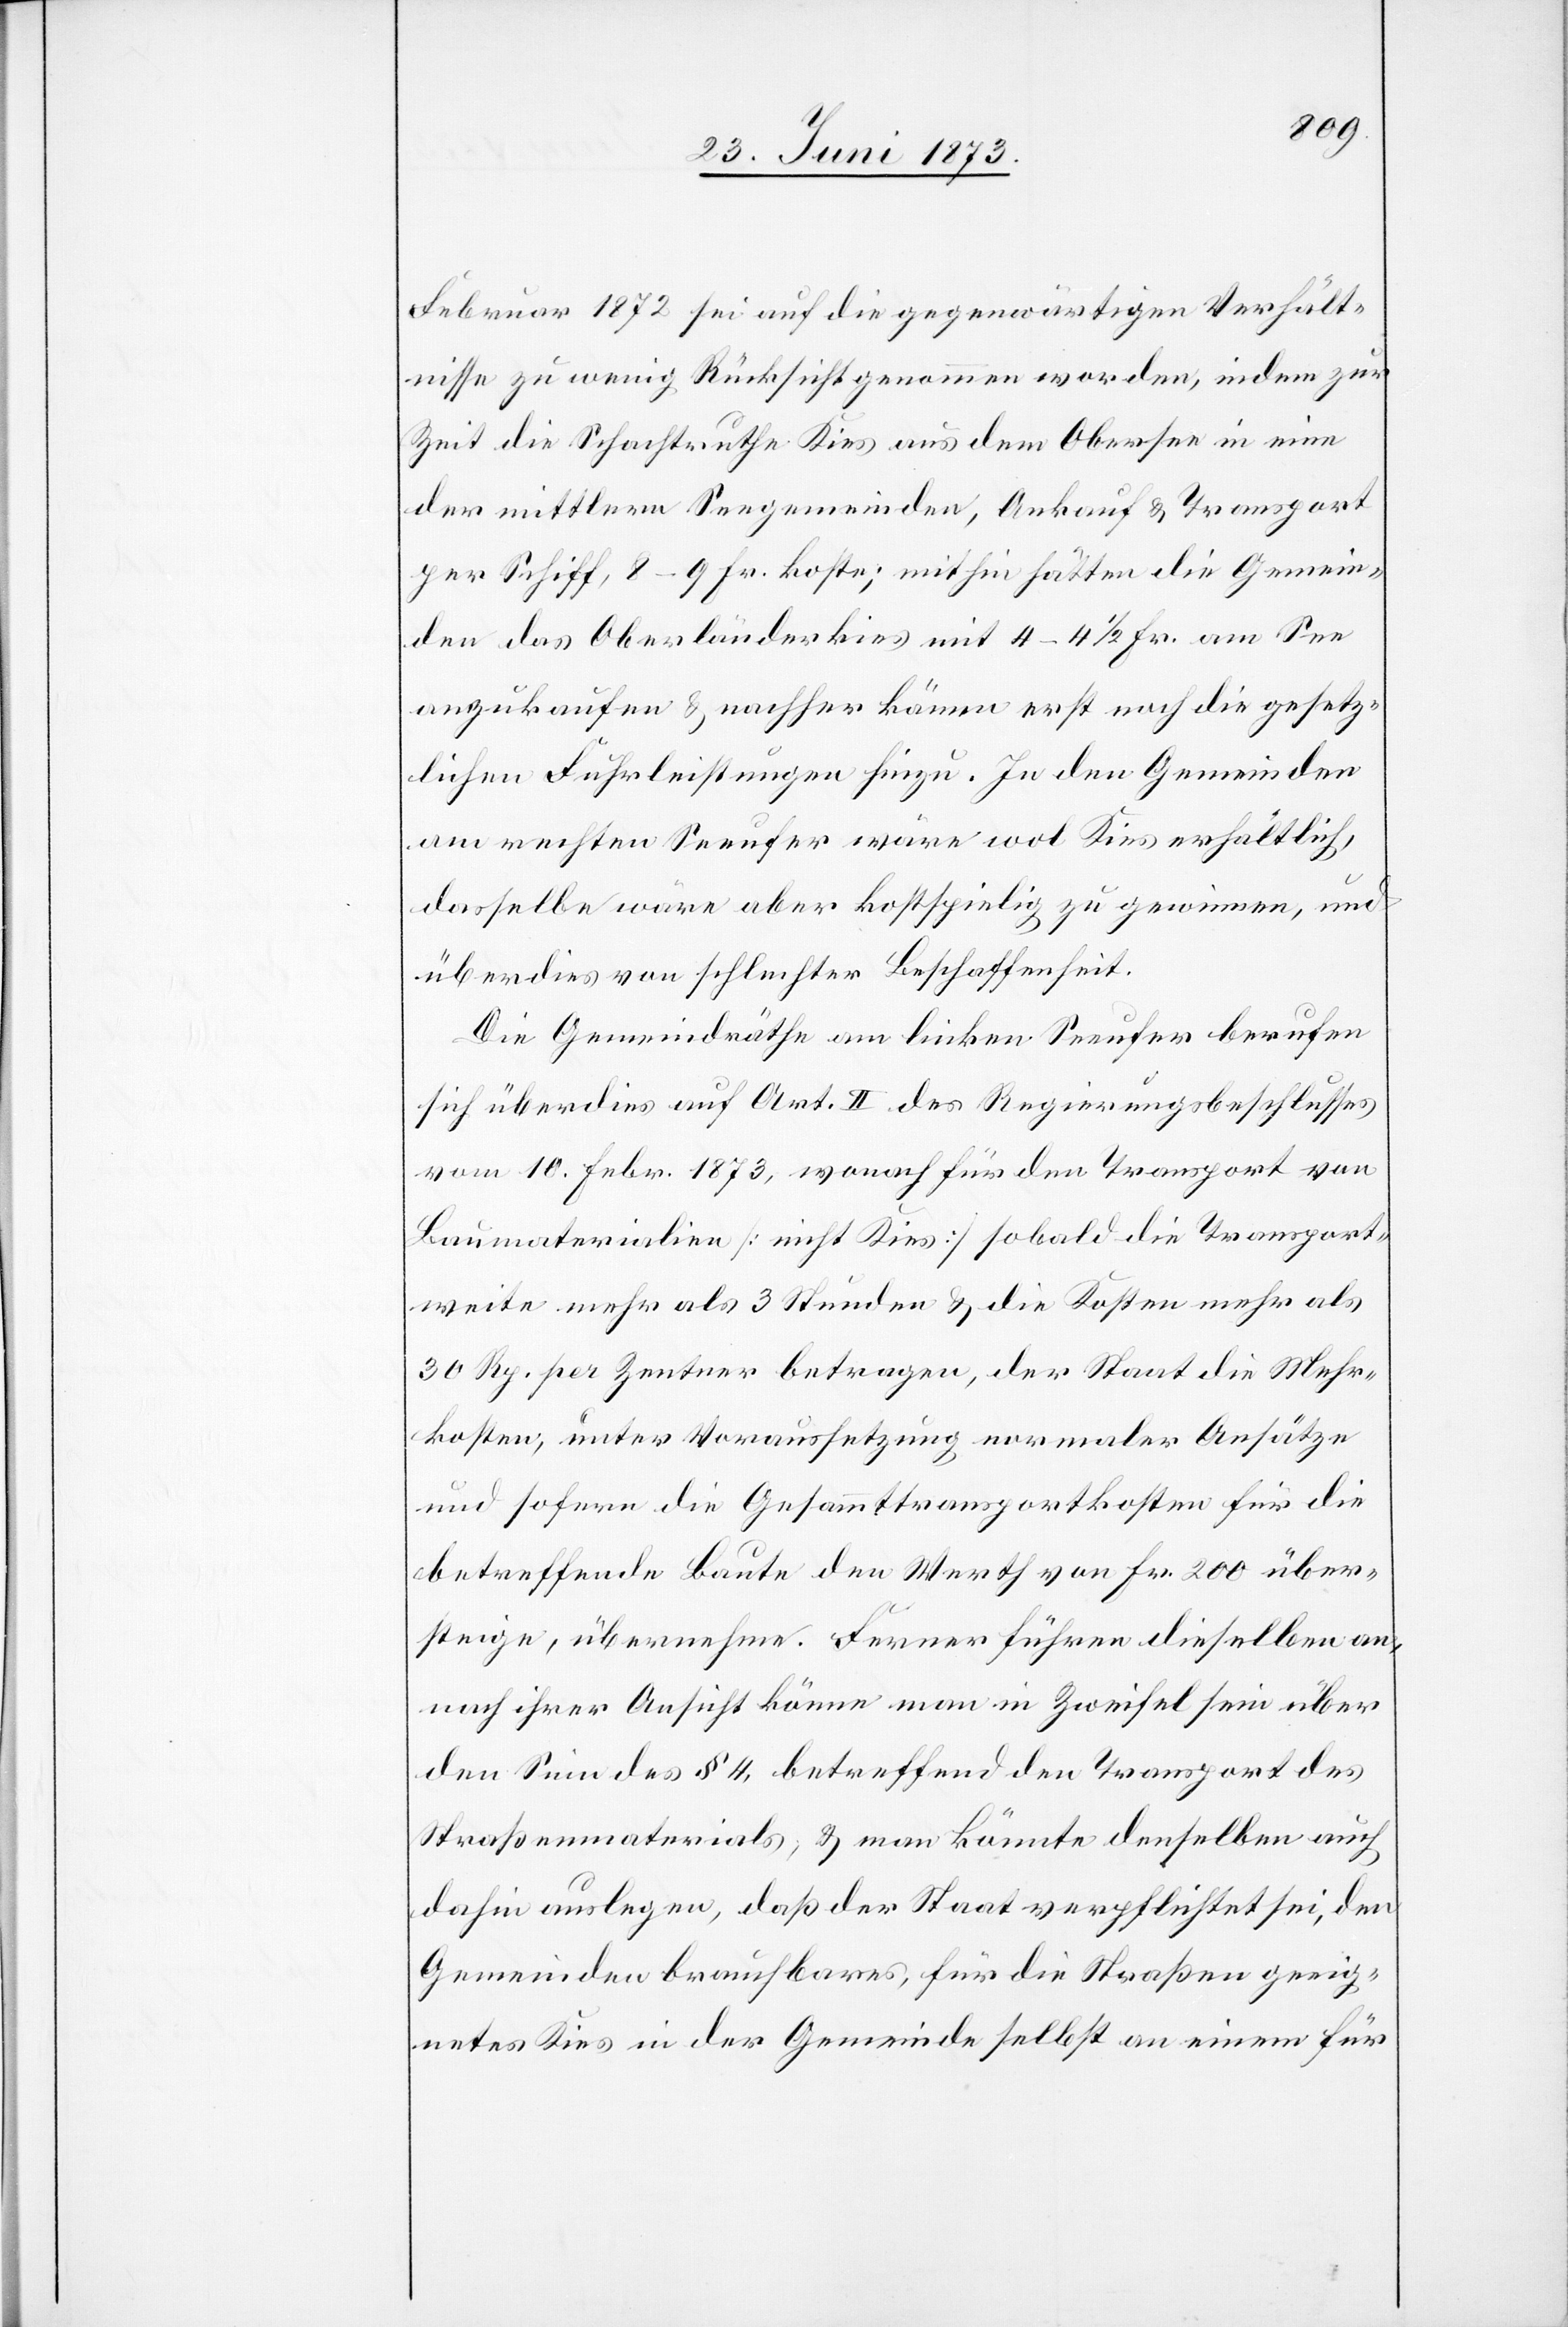
Februar 1872 sei auf die gegenwärtigen Verhält¬
nisse zu wenig Rücksicht genommen worden, indem zur
Zeit die Schachtruthe Kies aus dem Obersee in eine
der mittlern Seegemeinden, Ankauf & Transport
per Schiff, 8–9 Fr. koste, mithin hätten die Gemein¬
den das Oberländerkies mit 4–4 1/2 Fr. am See
anzukaufen & nachher kämen erst noch die gesetz¬
lichen Fuhrleistungen hinzu. In den Gemeinden
am rechten Seeufer wäre wol Kies erhältlich,
dasselbe wäre aber kostspielig zu gewinnen, und
überdies von schlechter Beschaffenheit.
Die Gemeindrähte am linken Seeufer berufen
sich überdies auf Art. II des Regierungsbeschlusses
vom 10. Febr. 1873, wonach für den Transport von
Baumaterialien [nicht Kies] sobald die Transport¬
weite mehr als 3 Stunden & die Kosten mehr als
30 Rp. per Zentner betragen, der Staat die Mehr¬
kosten, unter Voraussetzung normaler Ansätze
und sofern die Gesammttransportkosten für die
betreffende Baute den Werth von Fr. 200 über¬
steige, übernehme. Ferner führen dieselben an,
nach ihrer Ansicht könne man in Zweifel sein über
den Sinn des § 4, betreffend den Transport des
Straßenmaterials, & man könnte denselben auch
dahin auslegen, daß der Staat verpflichtet sei, den
Gemeinden brauchbares, für die Straßen geeig¬
netes Kies in der Gemeinde selbst an einem für